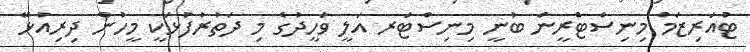
ޓުއަރިޒަމް މިނިސްޓްރީން ބުނީ މިނިސްޓަރ އަލީ ވަހީދުގެ މި ދަތުރުފުޅަކީ މީހުން ދިރިއުޅޭ